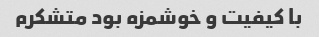
با کیفیت و خوشمزه بود متشکرم